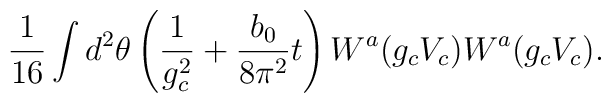
\frac{1}{16} \int d^{2} \theta                 \left(\frac{1}{g_{c}^{2}} + \frac{b_{0}}{8\pi^{2}} t\right)                        W^a(g_{c} V_{c}) W^a(g_{c} V_{c}) .